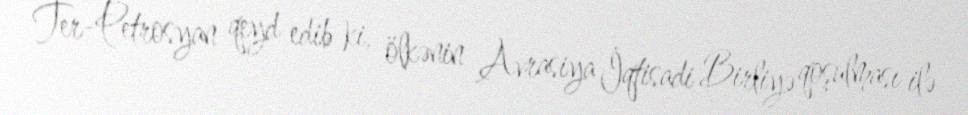
Ter-Petrosyan qeyd edib ki, ölkənin Avrasiya İqtisadi Birliyə qoşulması ilə